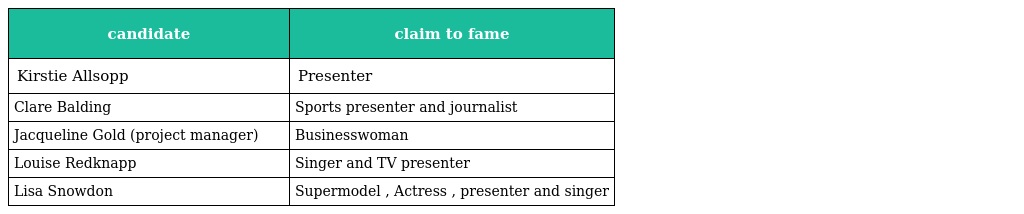
| candidate | claim to fame |
 | --- | --- |
 | Kirstie Allsopp | Presenter |
 | Clare Balding | Sports presenter and journalist |
 | Jacqueline Gold (project manager) | Businesswoman |
 | Louise Redknapp | Singer and TV presenter |
 | Lisa Snowdon | Supermodel , Actress , presenter and singer |